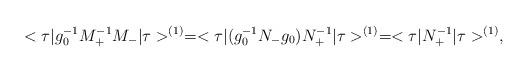
LaTeX: \begin{align*}<\tau\vert g_0^{-1}M_+^{-1}M_-\vert\tau >^{(1)}= <\tau\vert(g_0^{-1}N_-g_0)N_+^{-1}\vert\tau>^{(1)}=<\tau\vert N_+^{-1}\vert\tau >^{(1)},\end{align*}